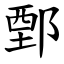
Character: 鄄